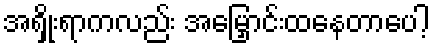
အရှိုးရာကလည်း အမြှောင်းထနေတာပေါ့